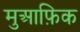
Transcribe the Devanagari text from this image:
मुआफ़िक